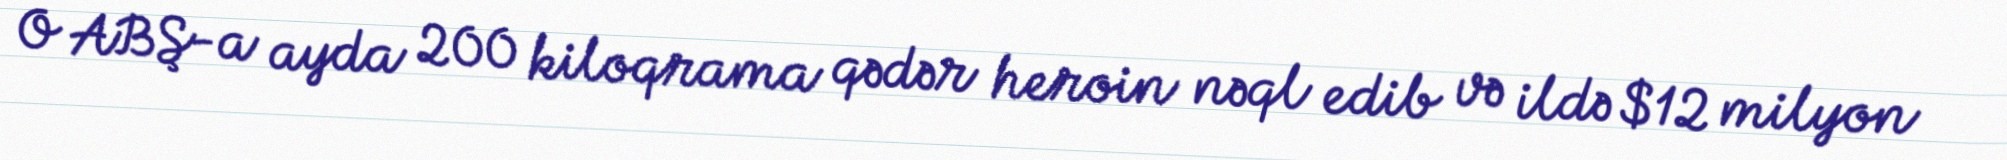
O ABŞ-a ayda 200 kiloqrama qədər heroin nəql edib və ildə $12 milyon